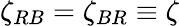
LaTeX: \zeta_{RB}=\zeta_{BR}\equiv\zeta